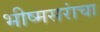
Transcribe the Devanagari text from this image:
भीष्मसरांचा